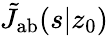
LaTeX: \tilde{J}_{\mathrm{{ab}}}(s|z_{0})